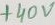
Text: +40V